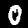
Label: 0